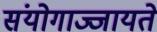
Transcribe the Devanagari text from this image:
संयोगाज्जायते